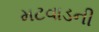
મટવાડની